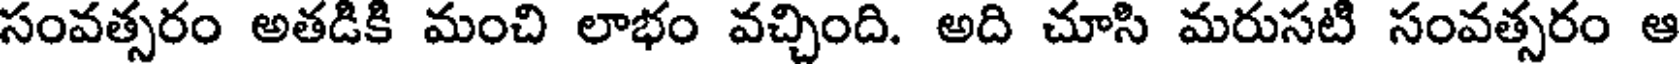
సంవత్సరం అతడికి మంచి లాభం వచ్చింది. అది చూసి మరుసటి సంవత్సరం ఆ